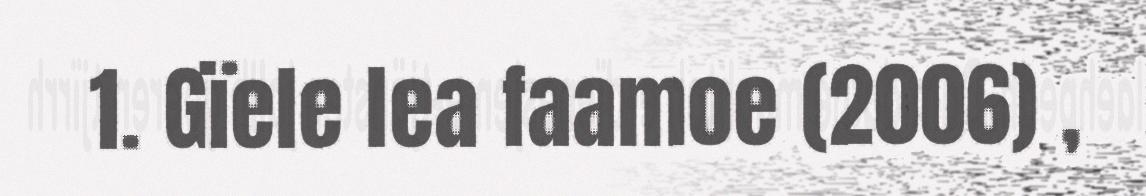
1. Gïele lea faamoe (2006) ,